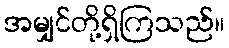
အမျှင်တို့ရှိကြသည်။